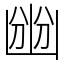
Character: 㟗